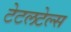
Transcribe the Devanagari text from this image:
टेटलटेल्स